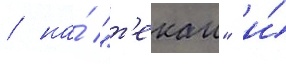
/ на́ "т'екаи" и́